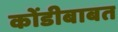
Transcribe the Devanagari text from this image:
कोंडीबाबत